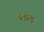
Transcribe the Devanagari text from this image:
५९२६